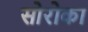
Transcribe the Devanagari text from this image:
सोरोका